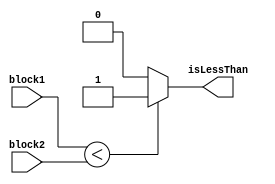
module LessThanComparator (
    input [7:0] block1,
    input [7:0] block2,
    output wire isLessThan
);

assign isLessThan = (block1 < block2) ? 1'b1 : 1'b0;

endmodule